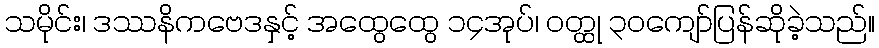
သမိုင်း၊ ဒဿနိကဗေဒနှင့် အထွေထွေ ၁၄အုပ်၊ ဝတ္ထု ၃၀ကျော်ပြန်ဆိုခဲ့သည်။